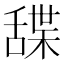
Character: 䑜